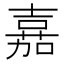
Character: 𫅘